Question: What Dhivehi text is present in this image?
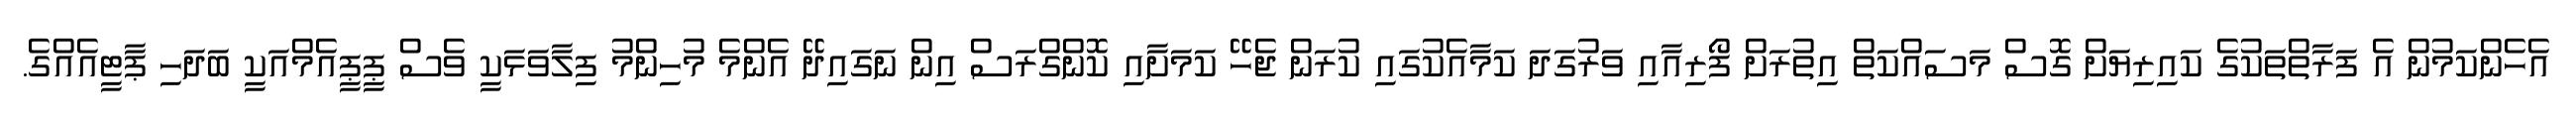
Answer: އެހެންކަމުން އެ ފަރާތްތަކުގެ ކައިރިޔަށް ގޮސް މަސައްކަތް އިތުރަށް ފޯރިއާއި ވަރުގަދަ ކަމާއެކުގައި ކުރަން ޖެހޭ ކަމަށާއި ކޮންގްރަސް އިން ނަގައިދޭ އެންމެ މުހިންމު ފިލާވަޅަކީ ވެސް ޕީޕީއެމްއަކީ ބަދަހި ޕާޓީއެއްގެ.